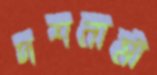
দশনামী